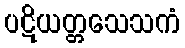
ပဋိယတ္တသေသကံ